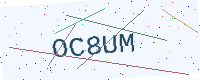
Text: OC8UM